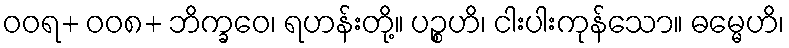
ဝဝရ+ ဝဝ၈+ ဘိက္ခဝေ၊ ရဟန်းတို့။ ပဉ္စဟိ၊ ငါးပါးကုန်သော။ ဓမ္မေဟိ၊